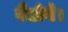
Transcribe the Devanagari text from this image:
बैठोगे।